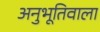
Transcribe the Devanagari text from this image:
अनुभूतिवाला